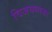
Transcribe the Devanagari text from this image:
विजयध्वजा